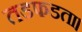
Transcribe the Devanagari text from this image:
तडफडता।